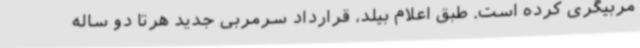
مربیگری کرده است. طبق اعلام بیلد، قرارداد سرمربی جدید هرتا دو ساله